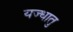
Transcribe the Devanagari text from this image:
यज्धातु